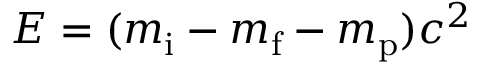
E = ( m _ { \mathrm { i } } - m _ { \mathrm { f } } - m _ { \mathrm { p } } ) c ^ { 2 }